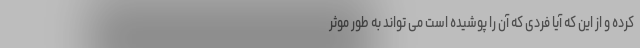
کرده و از این که آیا فردی که آن را پوشیده است می تواند به طور موثر